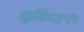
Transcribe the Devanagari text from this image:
सुविधाएं।